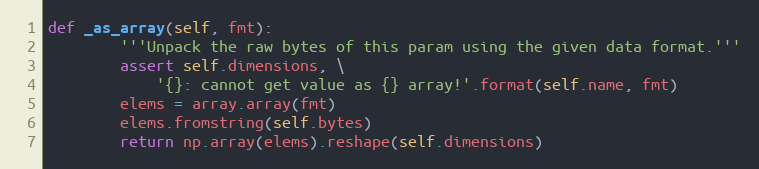
Language: Python
def _as_array(self, fmt):
        '''Unpack the raw bytes of this param using the given data format.'''
        assert self.dimensions, \
            '{}: cannot get value as {} array!'.format(self.name, fmt)
        elems = array.array(fmt)
        elems.fromstring(self.bytes)
        return np.array(elems).reshape(self.dimensions)